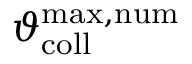
\vartheta _ { \mathrm { c o l l } } ^ { \mathrm { m a x , n u m } }